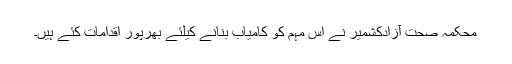
محکمہ صحت آزادکشمیر نے اس مہم کو کامیاب بنانے کیلئے بھرپور اقدامات کئے ہیں۔